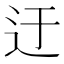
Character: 迂